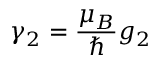
\gamma _ { 2 } = \frac { \mu _ { B } } { \hbar } g _ { 2 }